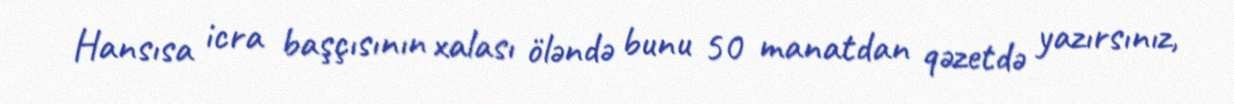
Hansısa icra başçısının xalası öləndə bunu 50 manatdan qəzetdə yazırsınız,